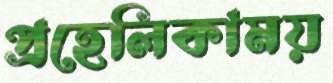
প্রহেলিকাময়